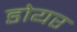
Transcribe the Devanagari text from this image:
डोयर